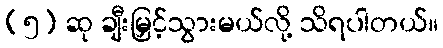
(၅) ဆု ချီးမြှင့်သွားမယ်လို့ သိရပါတယ်။